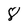
Character: 8